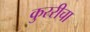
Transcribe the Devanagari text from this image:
कुररीचा